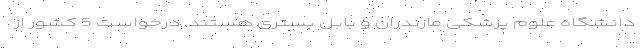
دانشگاه علوم پزشکی مازندران و بابل بستری هستند. درخواست 5 کشور از